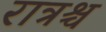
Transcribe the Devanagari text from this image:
रात्रश्च